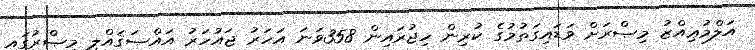
އަލްމުޢިއްޒު މިޞްރަށް ވަޑައިގަތުމުގެ ކުރިން ހިޖުރައިން 358ވަނަ އަހަރު ޖައުހަރު އައްޞަޤައްލީ މިޞްރުގައި